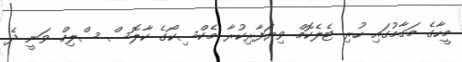
މީހާގެ މަގާމުގައި ހުރި ޓެލެކޮމް ވިޔަފާރިކުރާ މެކްސިކޯގެ ކާލޮސް ސްލިމް ވަނީ ދެ